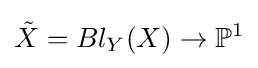
{\tilde {X}}=Bl_{Y}(X)\to \mathbb {P} ^{1}